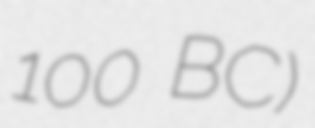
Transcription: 100 BC)